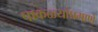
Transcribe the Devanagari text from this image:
पाकळ्यांप्रमाणे